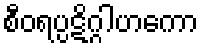
စီဝရပ္ပဋိဂ္ဂါဟကော